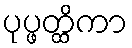
ပုပ္ဖတ္ထိကာ